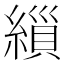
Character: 𮈸